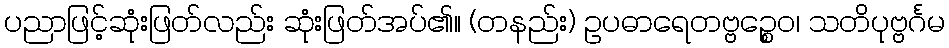
ပညာဖြင့်ဆုံးဖြတ်လည်း ဆုံးဖြတ်အပ်၏။ (တနည်း) ဥပဓာရေတဗ္ဗဉ္စေဝ၊ သတိပုဗ္ဗင်္ဂမ